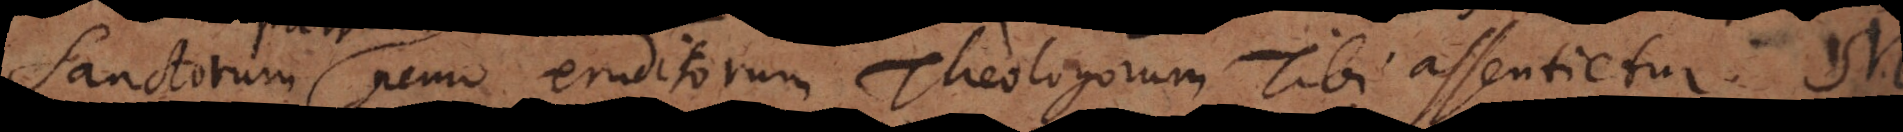
Patrum nemo eruditorum Theologorum Tibi assentietur. M